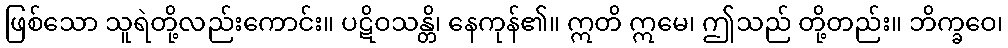
ဖြစ်သော သူရဲတို့လည်းကောင်း။ ပဋိဝသန္တိ၊ နေကုန်၏။ ဣတိ ဣမေ၊ ဤသည် တို့တည်း။ ဘိက္ခဝေ၊